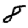
Digit: 8